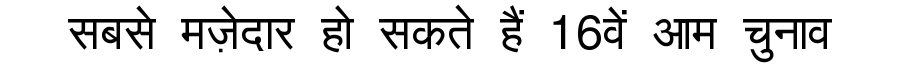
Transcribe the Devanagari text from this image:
सबसे मज़ेदार हो सकते हैं 16वें आम चुनाव